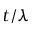
t / \lambda